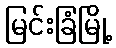
မြင်းခြံမြို့